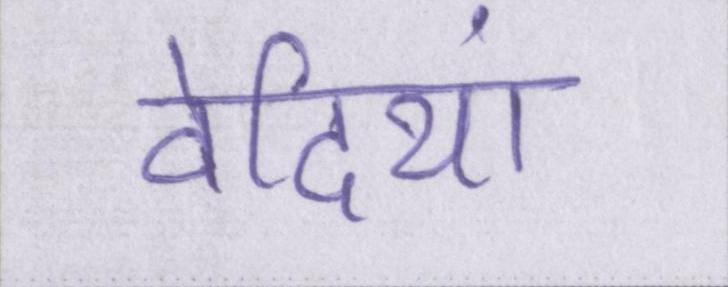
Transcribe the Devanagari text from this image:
वेदियां